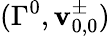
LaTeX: (\Gamma^{0},\mathbf{v}_{0,0}^{\pm})